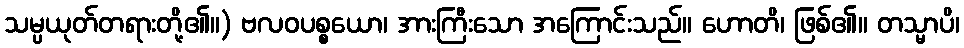
သမ္ပယုတ်တရားတို့၏။) ဗလဝပစ္စယော၊ အားကြီးသော အကြောင်းသည်။ ဟောတိ၊ ဖြစ်၏။ တသ္မာပိ၊